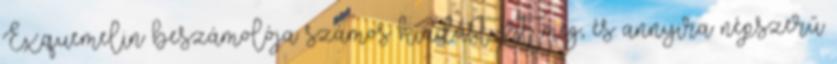
Exquemelin beszámolója számos kiadást ért meg, és annyira népszerű